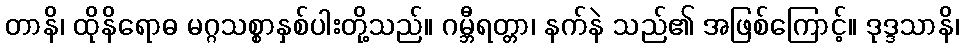
တာနိ၊ ထိုနိရောဓ မဂ္ဂသစ္စာနှစ်ပါးတို့သည်။ ဂမ္ဘီရတ္တာ၊ နက်နဲ သည်၏ အဖြစ်ကြောင့်။ ဒုဒ္ဒသာနိ၊